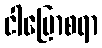
ငါပြောစရာ